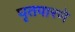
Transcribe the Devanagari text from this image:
घृतपारणे